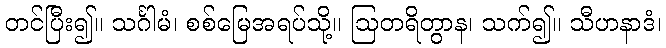
တင်ပြီး၍။ သင်္ဂါမံ၊ စစ်မြေအရပ်သို့။ ဩတရိတွာန၊ သက်၍။ သီဟနာဒံ၊